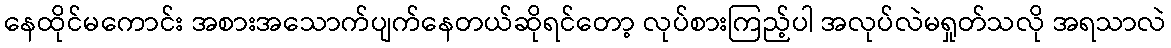
နေထိုင်မကောင်း အစားအသောက်ပျက်နေတယ်ဆိုရင်တော့ လုပ်စားကြည့်ပါ အလုပ်လဲမရှုတ်သလို အရသာလဲ